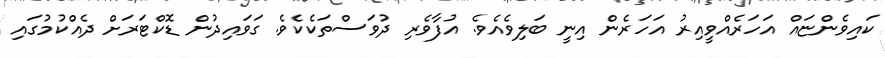
ކައިވެންޏައް އަހަރެއްވީއިރު އަހަރެން އިނީ ބަލިވެއެވެ. އުފާވެރި ދުވަސްތަކެކެވެ. ގަވައިދުން ޑޮކްޓަރަށް ދެއްކުމުގައި